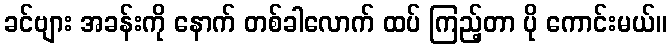
ခင်ဗျား အခန်းကို နောက် တစ်ခါလောက် ထပ် ကြည့်တာ ပို ကောင်းမယ်။